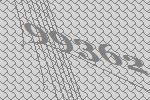
99362